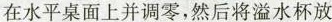
在水平桌面上并调零，然后将溢水杯放